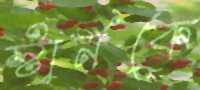
স্টার্নকে